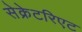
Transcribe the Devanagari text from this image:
सेक्रेटरिएट